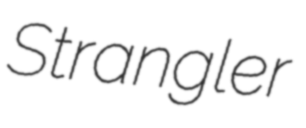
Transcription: Strangler